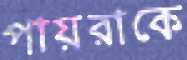
পায়রাকে